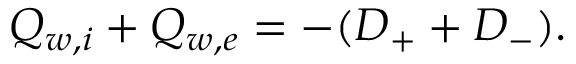
Q _ { w , i } + Q _ { w , e } = - ( D _ { + } + D _ { - } ) .